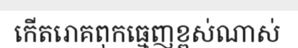
កើតរោគពុកធ្មេញខ្ពស់ណាស់